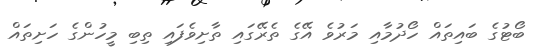
ބޯޓުގެ ބައިތައް ހޯދުމާއި މަރުވެ އޭގެ ތެރޭގައި ތާށިވެފައި ތިބި މީހުންގެ ހަށިތައް